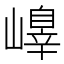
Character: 𡽁